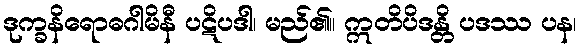
ဒုက္ခနိရောဓဂါမိနီ ပဋိပဒါ၊ မည်၏။ ဣတိပိဒန္တိ ပဒဿ ပန၊